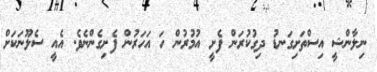
ނިލާންޝީ އިސްތަށިގަނޑު ދިގުކުރަން ފެށީ އުމުރުން ހަ އަހަރުން ފެށިގެންނެވެ. އެއީ ސެލޫނަކަށް